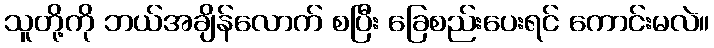
သူတို့ကို ဘယ်အချိန်လောက် စပြီး ခြေစည်းပေးရင် ကောင်းမလဲ။